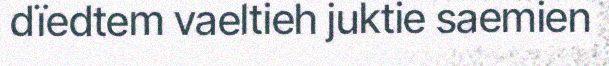
dïedtem vaeltieh juktie saemien